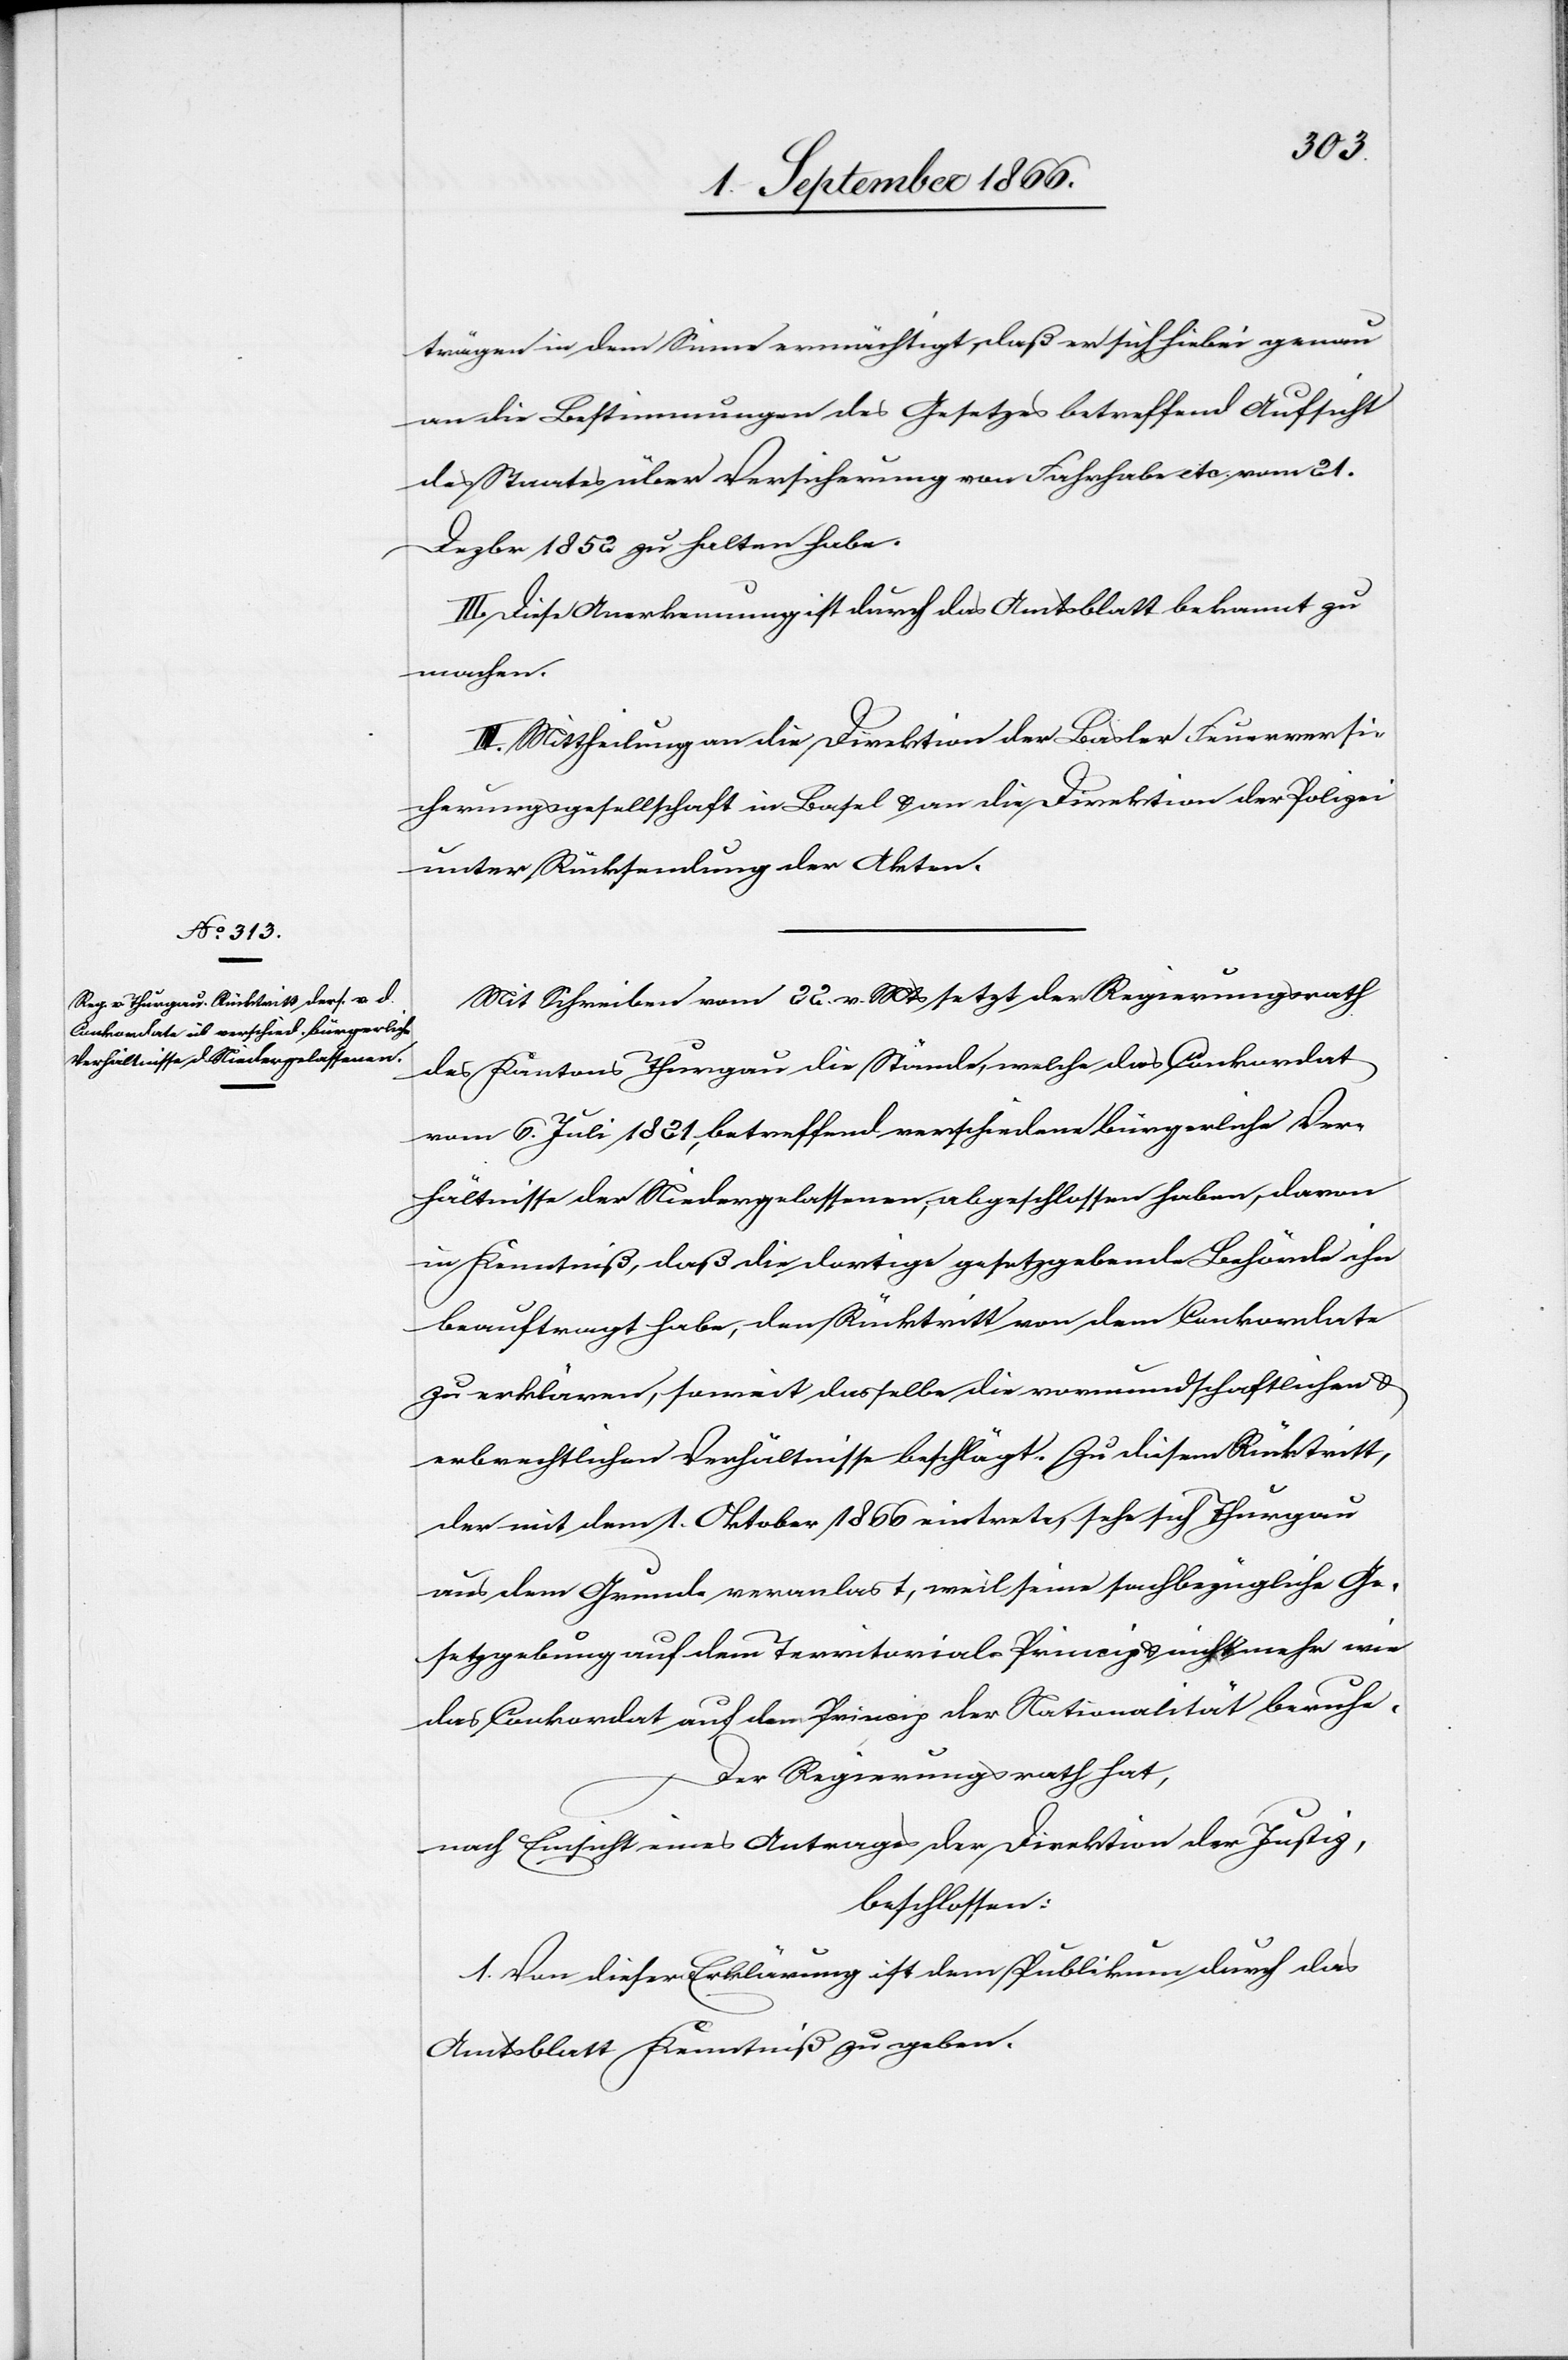
trägen in dem Sinne ermächtigt, daß er sich hiebei genau
an die Bestimmungen des Gesetzes betreffend Aufsicht
des Staates über Versicherung von Fahrhabe etc. vom 21.
Dzbr. 1852 zu halten habe.
III. Diese Anerkennung ist durch das Amtsblatt bekannt zu
machen.
IV. Mittheilung an die Direktion der Basler Feuerversi¬
cherungsgesellschaft in Basel u. an die Direktion der Polizei
unter Rücksendung der Akten.
Mit Schreiben vom 22. v. Mts. setzt der Regierungsrath
des Kantons Thurgau die Stände, welche das Conkordat
vom 6. Juli 1821, betreffend verschiedene bürgerliche Ver¬
hältnisse der Niedergelassenen, abgeschlossen haben, davon
in Kenntniß, daß die dortige gesetzgebende Behörde ihn
beauftragt habe, den Rücktritt von dem Conkordate
zu erklären, soweit dasselbe die vormundschaftlichen u.
erbrechtlichen Verhältnisse beschlägt. Zu diesem Rücktritt,
der mit dem 1. Oktober 1866 eintrete, sehe sich Thurgau
aus dem Grunde veranlast [sic!], weil seine sachbezügliche Ge¬
setzgebung auf dem Territorials-Princip u. nicht mehr wie
das Conkordat auf dem Princip der Nationalität beruhe.
Der Regierungsrath hat,
nach Einsicht eines Antrages der Direktion der Justiz,
beschlossen:
1. Von dieser Erklärung ist dem Publikum durch das
Amtsblatt Kenntniß zu geben.